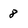
Character: 8